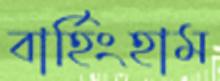
বার্হিংহাম